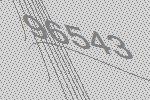
96543